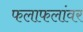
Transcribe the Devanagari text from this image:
फलाफलांवर